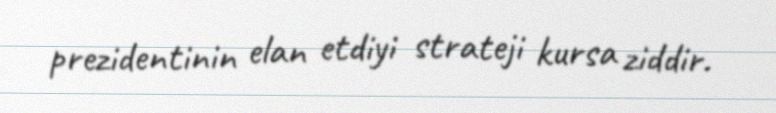
prezidentinin elan etdiyi strateji kursa ziddir.